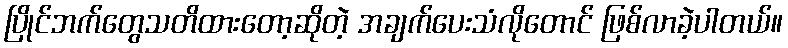
ပြိုင်ဘက်တွေသတိထားတော့ဆိုတဲ့ အချက်ပေးသံလိုတောင် ဖြစ်လာခဲ့ပါတယ်။